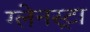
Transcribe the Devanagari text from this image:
ग्लेनस्ट्रा